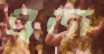
ব্রজ